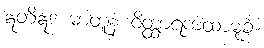
ဣတိဣဒံ ဓာတူနံ ဝိတ္ထာရကထာမုခံ။